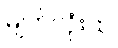
မျက်လုံးထဲ